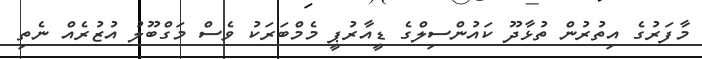
މާފަރުގެ އިތުރުން ތުޅާދޫ ކައުންސިލްގެ ޑީއާރުޕީ މެމްބަރަކު ވެސް މަގްބޫލު އުޒުރެއް ނެތި